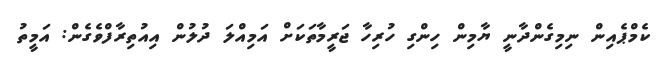
ކެމްޕެއިން ނިމިގެންދާނީ ޔާމިން ހިންގި ހުރިހާ ޖަރީމާތަކަށް އަމިއްލަ ދުލުން އިއުތިރާފްވެގެން: އަމީތު